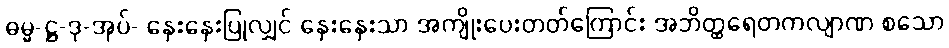
ဓမ္မ-ဋ္ဌ-ဒု-အုပ်- နှေးနှေးပြုလျှင် နှေးနှေးသာ အကျိုးပေးတတ်ကြောင်း အဘိတ္ထရေတကလျာဏ စသော